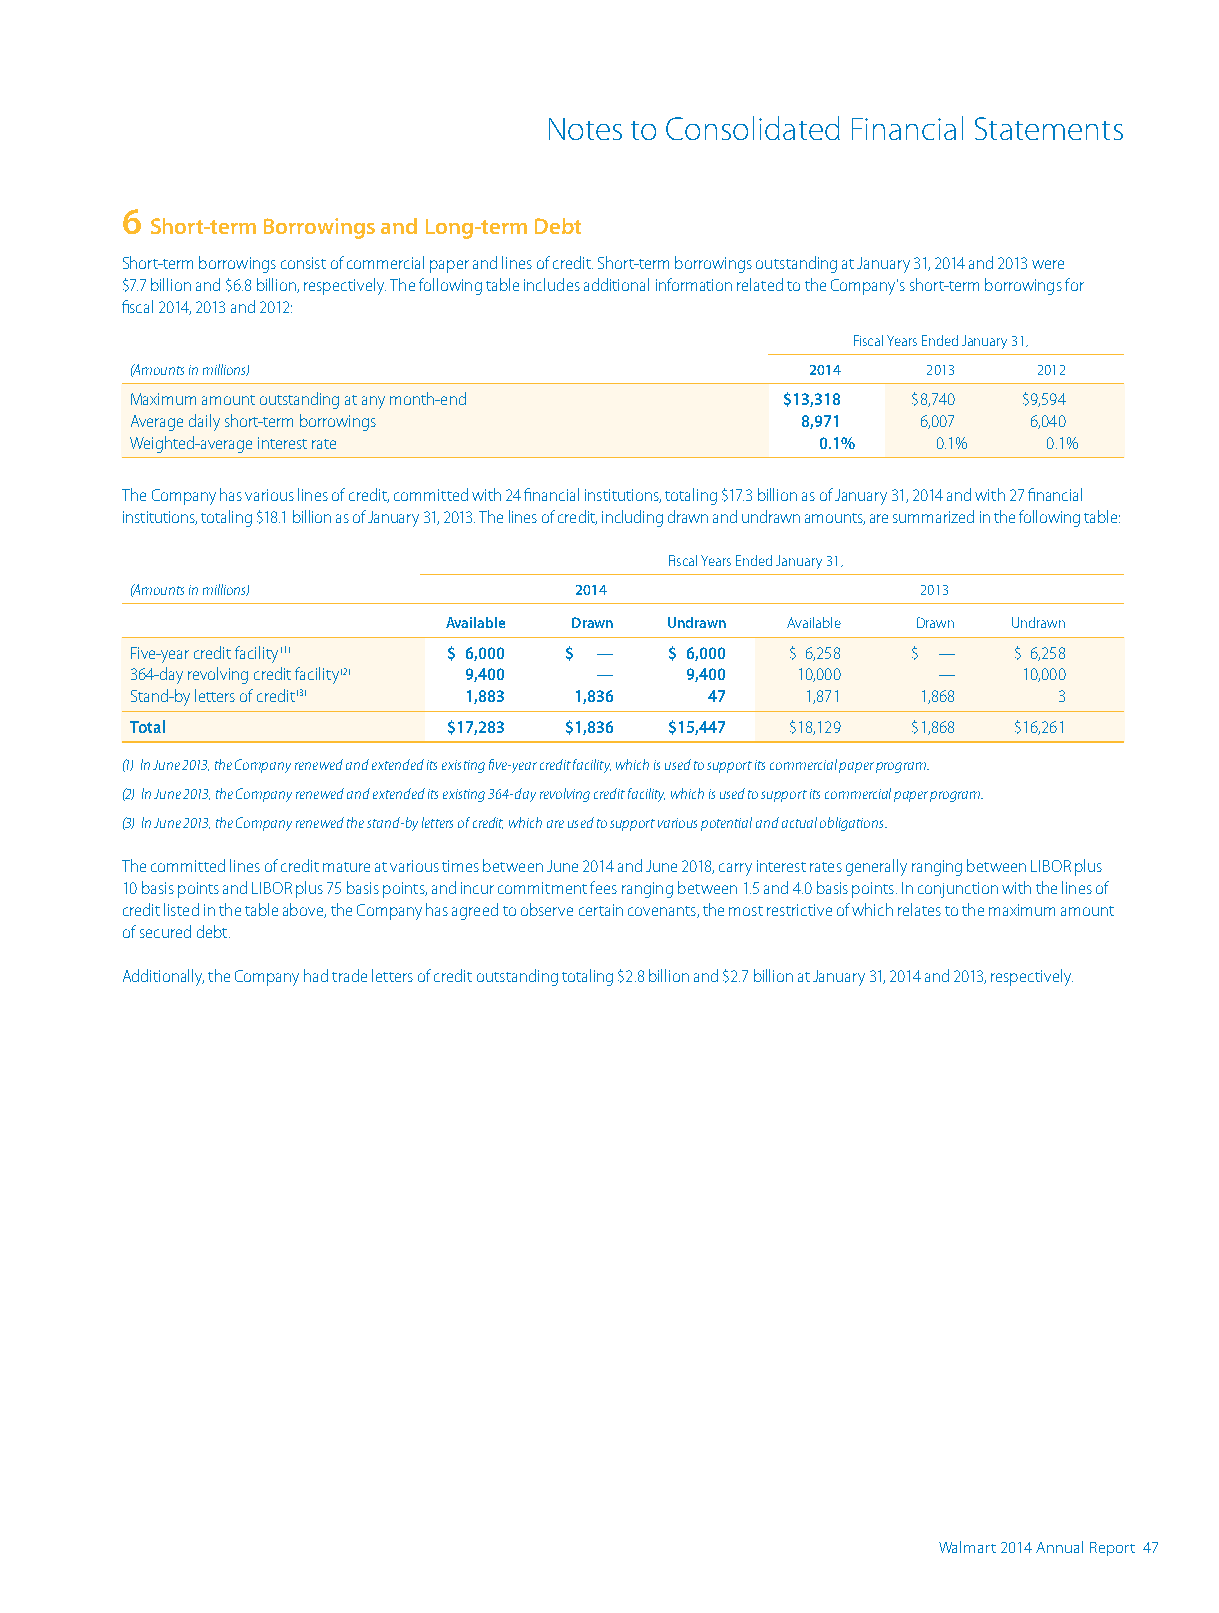
Notes to Consolidated Financial Statements
 6
 Short-term Borrowings and Long-term Debt
 Short-term borrowings consist of commercial paper and lines of credit. Short-term borrowings outstanding at January 31, 2014 and 2013 were
 $7.7 billion and $6.8 billion, respectively. The following table includes additional information related to the Company’s short-term borrowings for
 fiscal 2014, 2013 and 2012:
 Fiscal Years Ended January 31,
 (Amounts in millions)                        2014   2013    2012
 Maximum amount outstanding at any month-end $13,318 $8,740 $9,594
 Average daily short-term borrowings         8,971   6,007  6,040
 Weighted-average interest rate               0.1%    0.1%   0.1%
 The Company has various lines of credit, committed with 24 financial institutions, totaling $17.3 billion as of January 31, 2014 and with 27 financial
 institutions, totaling $18.1 billion as of January 31, 2013. The lines of credit, including drawn and undrawn amounts, are summarized in the following table:
 Fiscal Years Ended January 31,
 (Amounts in millions)        2014                   2013
 Available Drawn Undrawn Available Drawn Undrawn
 Five-year credit facility (1) $ 6,000 $ — $ 6,000 $ 6,258 $ — $ 6,258
 364-day revolving credit facility (2) 9,400 — 9,400 10,000 — 10,000
 Stand-by letters of credit (3) 1,883 1,836 47 1,871 1,868    3
 Total                $17,283 $1,836 $15,447 $18,129 $1,868 $16,261
 (1) In June 2013, the Company renewed and extended its existing five-year credit facility, which is used to support its commercial paper program.
 (2) In June 2013, the Company renewed and extended its existing 364-day revolving credit facility, which is used to support its commercial paper program.
 (3) In June 2013, the Company renewed the stand-by letters of credit, which are used to support various potential and actual obligations.
 The committed lines of credit mature at various times between June 2014 and June 2018, carry interest rates generally ranging between LIBOR plus
 10 basis points and LIBOR plus 75 basis points, and incur commitment fees ranging between 1.5 and 4.0 basis points. In conjunction with the lines of
 credit listed in the table above, the Company has agreed to observe certain covenants, the most restrictive of which relates to the maximum amount
 of secured debt.
 Additionally, the Company had trade letters of credit outstanding totaling $2.8 billion and $2.7 billion at January 31, 2014 and 2013, respectively.
 46 Walmart 2014 Annual Report                                 Walmart 2014 Annual Report 47